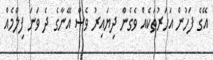
އޭގެ ފަހުން އަހަރުތަކެއް ވެގެން ދިޔައިރު ވެސް އޭނާގެ ދެ ވަނަ ފިލްމެއް